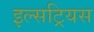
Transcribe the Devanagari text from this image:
इल्सट्रियस